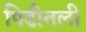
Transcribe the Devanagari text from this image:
पिढीतली